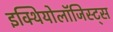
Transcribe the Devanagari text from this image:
इक्थियोलॉजिस्ट्स